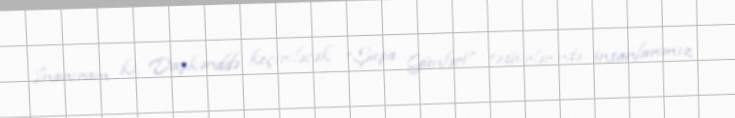
İnanıram ki, Daşkənddə keçiriləcək “Şuşa Günləri” tədbirlərində insanlarımız